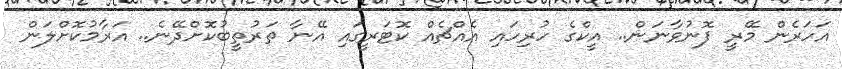
އަހަރެން މޭރީ ފޮނުވާނަން.. އީކްގެ ހުރިހައި އެއްޗެއް ކޮޓަރީގައި އޭނާ ތަރުތީބުކޮށްދޭނެ.. އަރާމުކޮށްލަން